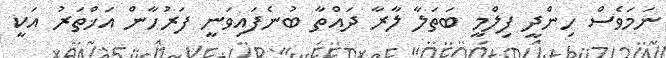
ނަމަވެސް ހިންދީ ފިލްމީ ބަތަލާ ލާރާ ދައްތާ ބުނެފައިވަނީ ފަރުހާން އަޚްތަރު އަކީ